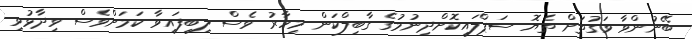
ބޭނުންވާ ވަގުތަށް ތެޔޮ ސަޕްލައިކޮށްދިނުމުގެ ގާބިލްކަން މިހާރު ވެސް ލިބިފައިވާ ކަމަށްވެސް ވިދާޅުވި